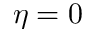
\eta = 0